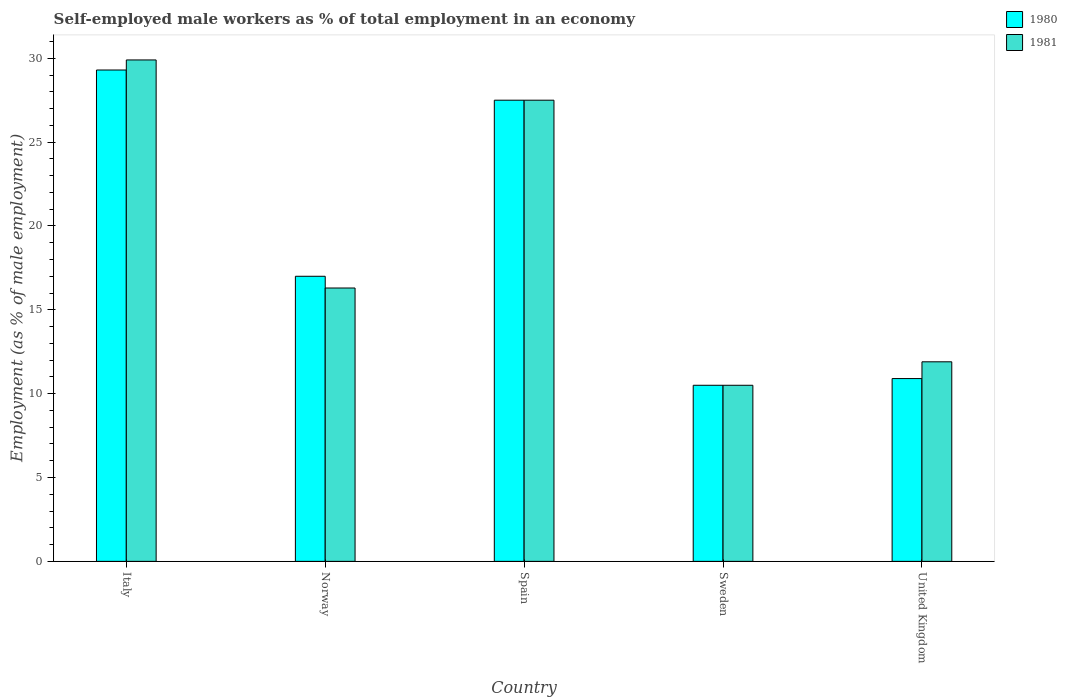
| Country | 1980 | 1981 |
 | --- | --- | --- |
 | Italy | 29.3 | 29.9 |
 | Norway | 17 | 16.3 |
 | Spain | 27.5 | 27.5 |
 | Sweden | 10.5 | 10.5 |
 | United Kingdom | 10.9 | 11.9 |